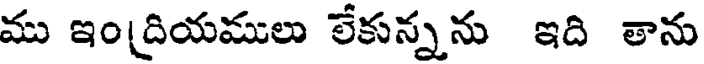
ము ఇంద్రియములు లేకున్నను ఇది తాను